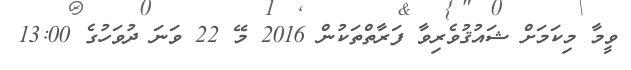
ވީމާ މިކަމަށް ޝައުޤުވެރިވާ ފަރާތްތަކުން 2016 މޭ 22 ވަނަ ދުވަހުގެ 13:00